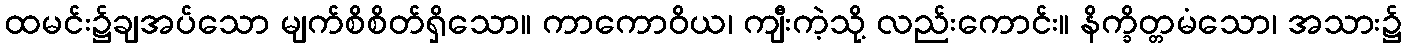
ထမင်း၌ချအပ်သော မျက်စိစိတ်ရှိသော။ ကာကောဝိယ၊ ကျီးကဲ့သို့ လည်းကောင်း။ နိက္ခိတ္တမံသော၊ အသား၌